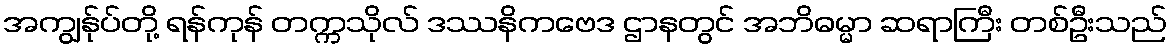
အကျွန်ုပ်တို့ ရန်ကုန် တက္ကသိုလ် ဒဿနိကဗေဒ ဌာနတွင် အဘိဓမ္မာ ဆရာကြီး တစ်ဦးသည်